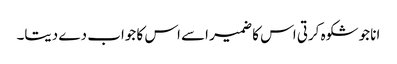
انا جو شکوہ کرتی اس کا ضمیر اسے اس کا جواب دے دیتا۔